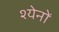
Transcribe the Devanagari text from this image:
श्येनों